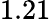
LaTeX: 1.21